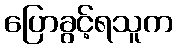
ပြောခွင့်ရသူက